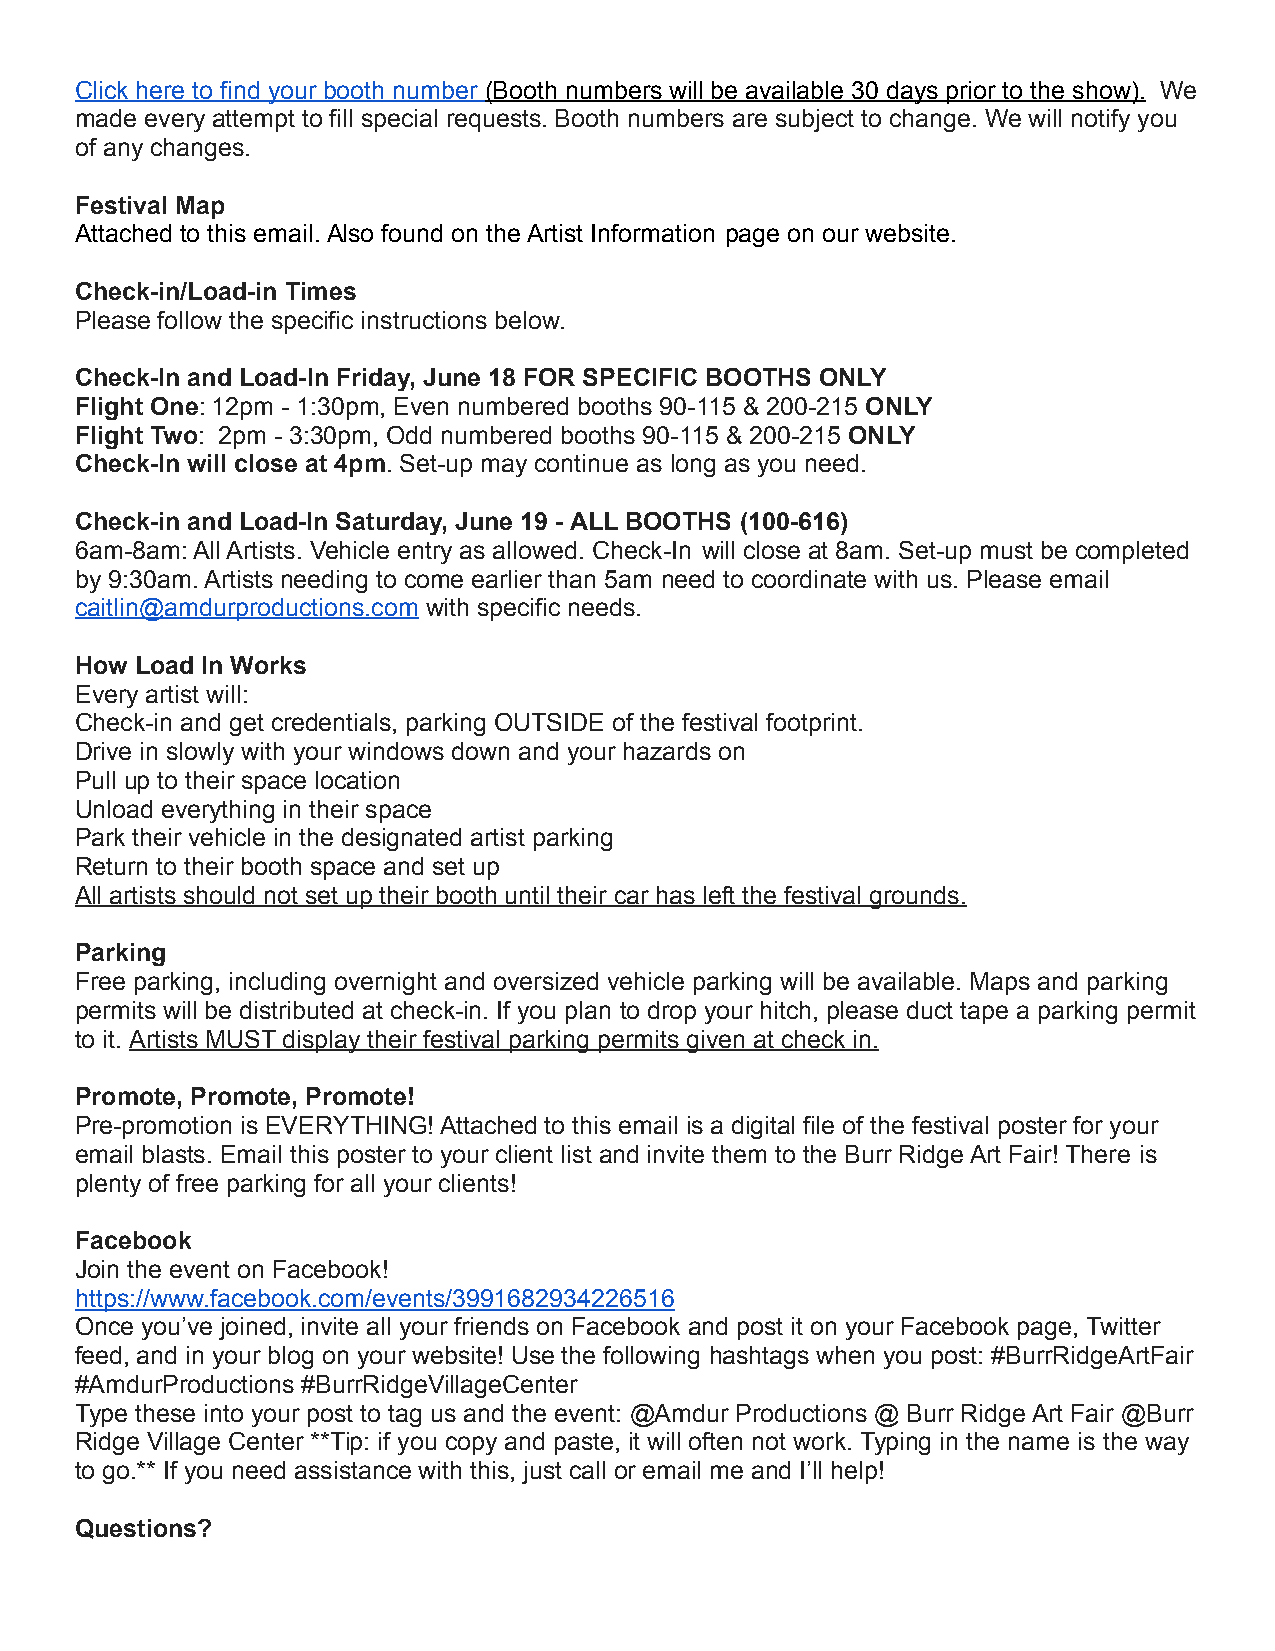
Click here to find your booth number (Booth numbers will be available 30 days prior to the show). We
 made every attempt to fill special requests. Booth numbers are subject to change. We will notify you
 of any changes.
 Festival Map
 Attached to this email. Also found on the Artist Information page on our website.
 Check-in/Load-in Times
 Please follow the specific instructions below.
 Check-In and Load-In Friday, June 18 FOR SPECIFIC BOOTHS ONLY
 Flight One: 12pm - 1:30pm, Even numbered booths 90-115 & 200-215 ONLY
 Flight Two: 2pm - 3:30pm, Odd numbered booths 90-115 & 200-215 ONLY
 Check-In will close at 4pm. Set-up may continue as long as you need.
 Check-in and Load-In Saturday, June 19 - ALL BOOTHS (100-616)
 6am-8am: All Artists. Vehicle entry as allowed. Check-In will close at 8am. Set-up must be completed
 by 9:30am. Artists needing to come earlier than 5am need to coordinate with us. Please email
 caitlin@amdurproductions.com with specific needs.
 How Load In Works
 Every artist will:
 Check-in and get credentials, parking OUTSIDE of the festival footprint.
 Drive in slowly with your windows down and your hazards on
 Pull up to their space location
 Unload everything in their space
 Park their vehicle in the designated artist parking
 Return to their booth space and set up
 All artists should not set up their booth until their car has left the festival grounds.
 Parking
 Free parking, including overnight and oversized vehicle parking will be available. Maps and parking
 permits will be distributed at check-in. If you plan to drop your hitch, please duct tape a parking permit
 to it. Artists MUST display their festival parking permits given at check in.
 Promote, Promote, Promote!
 Pre-promotion is EVERYTHING! Attached to this email is a digital file of the festival poster for your
 email blasts. Email this poster to your client list and invite them to the Burr Ridge Art Fair! There is
 plenty of free parking for all your clients!
 Facebook
 Join the event on Facebook!
 https://www.facebook.com/events/3991682934226516
 Once you’ve joined, invite all your friends on Facebook and post it on your Facebook page, Twitter
 feed, and in your blog on your website! Use the following hashtags when you post: #BurrRidgeArtFair
 #AmdurProductions #BurrRidgeVillageCenter
 Type these into your post to tag us and the event: @Amdur Productions @ Burr Ridge Art Fair @Burr
 Ridge Village Center **Tip: if you copy and paste, it will often not work. Typing in the name is the way
 to go.** If you need assistance with this, just call or email me and I’ll help!
 Questions?